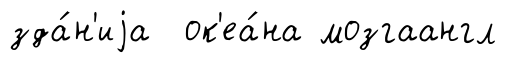
зда́н'иjа ок'еа́на мозгаангл